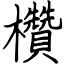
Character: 欑